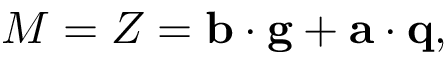
M = Z = { \bf b } \cdot { \bf g } + { \bf a } \cdot { \bf q } ,